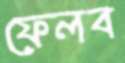
ফেলব